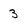
Character: 3